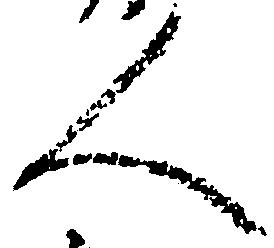
人